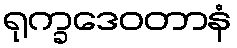
ရုက္ခဒေဝတာနံ